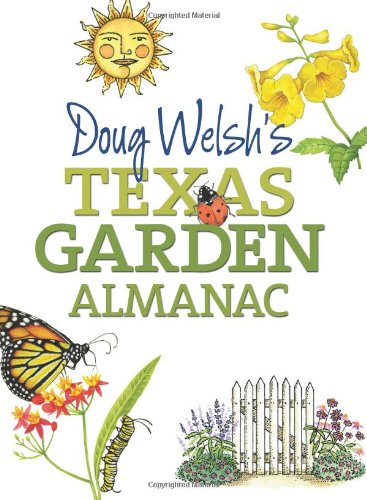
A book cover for Doug Welsh's Texas Garden Almanac (Texas A&M AgriLife Research and Extension Service Series); Douglas F. Welsh; Crafts, Hobbies & Home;